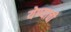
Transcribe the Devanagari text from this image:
येण्‍याची